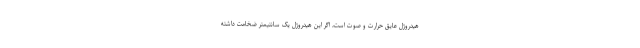
هیدروژل عایق حرارت و صوت است، اگر این هیدروژل یک سانتیمتر ضخامت داشته